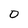
Character: O